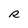
Character: R